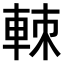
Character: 𨋵